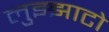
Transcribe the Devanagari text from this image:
लुझ्झाटो